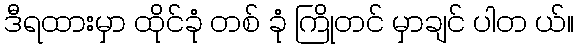
ဒီရထားမှာ ထိုင်ခုံ တစ် ခုံ ကြိုတင် မှာချင် ပါတ ယ်။